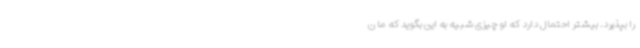
را بپذیرد. بیشتر احتمال دارد که او چیزی شبیه به این بگوید که ما ن